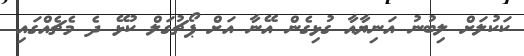
ކަކުލަށް ލިބުނު އަނިޔާއާ ގުޅިގެން އޭނާ އަށް ޕޯޗުގަލް ކުޅޭ ދެ މެޗެއްގައި